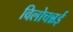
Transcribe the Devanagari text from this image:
विलोचन्नई